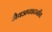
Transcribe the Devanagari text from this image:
जैवअपघटनीय